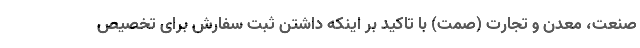
صنعت،‌ معدن و تجارت (صمت) با تاکید بر اینکه داشتن ثبت سفارش برای تخصیص